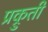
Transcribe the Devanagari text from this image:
प्रक्रुती